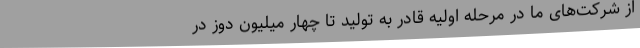
از شرکت‌های ما در مرحله اولیه قادر به تولید تا چهار میلیون دوز در